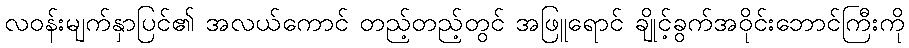
လဝန်းမျက်နှာပြင်၏ အလယ်ကောင် တည့်တည့်တွင် အဖြူရောင် ချိုင့်ခွက်အဝိုင်းဘောင်ကြီးကို